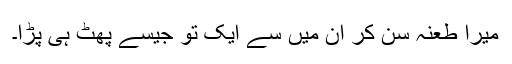
میرا طعنہ سن کر ان میں سے ایک تو جیسے پھٹ ہی پڑا۔